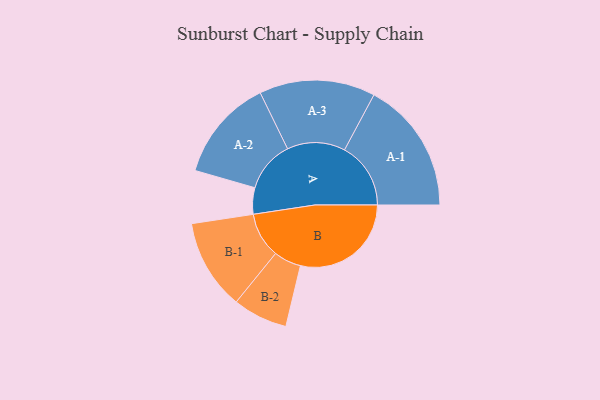
{"axis": {"x": "Segment", "y": "Value"}, "legend": ["", "A", "B"], "data": [{"x": "A", "y": 106, "type": ""}, {"x": "B", "y": 445, "type": ""}, {"x": "A-1", "y": 266, "type": "A"}, {"x": "A-2", "y": 206, "type": "A"}, {"x": "A-3", "y": 233, "type": "A"}, {"x": "B-1", "y": 182, "type": "B"}, {"x": "B-2", "y": 110, "type": "B"}]}